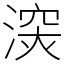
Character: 㴱